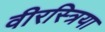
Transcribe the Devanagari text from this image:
वीरस्त्रिया